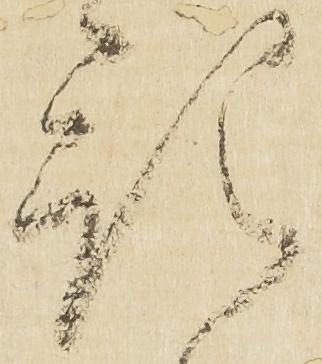
預